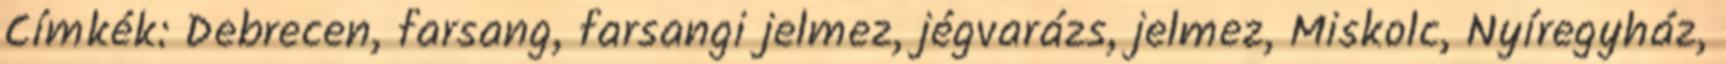
Címkék: Debrecen, farsang, farsangi jelmez, jégvarázs, jelmez, Miskolc, Nyíregyház,